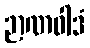
ဉာဏဝါဒံ